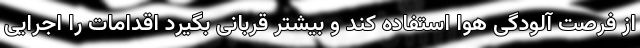
از فرصت آلودگی هوا استفاده کند و بیشتر قربانی بگیرد اقدامات را اجرایی